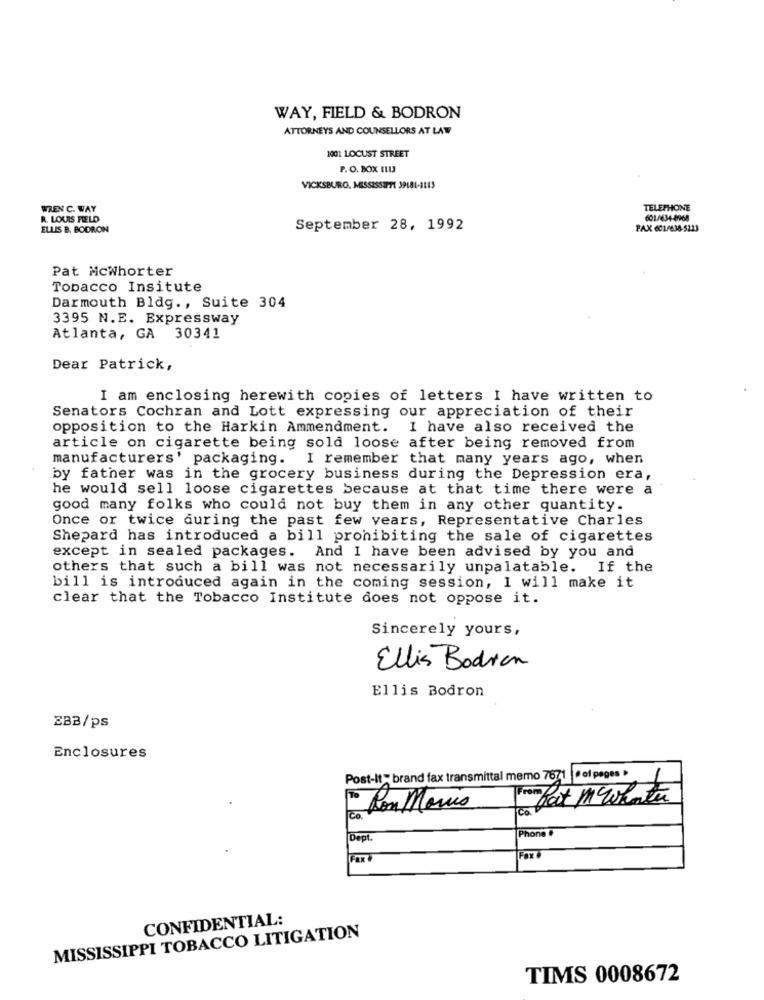
WAY, FIELD & BODRON
ATTORNEYS AND COUNSELLORS AT LAW
1001 LOCUST STREET
P. O. BOX ILU
VICKSBURG, MISSISSIPPI 39181-3115
WREN C. WAY
TELEPHONE
R. LOUIS FIELD
601/634-8968
ELLIS B. BODRON
September 28, 1992
PAX 601/638-5223
Pat Mcwhorter
Tobacco Insitute
Darmouth Bldg ., Suite 304
3395 N.E. Expressway
Atlanta, GA 30341
Dear Patrick,
I am enclosing herewith copies of letters I have written to
Senators Cochran and Lott expressing our appreciation of their
opposition to the Harkin Ammendment.
I have also received the
article on cigarette being sold loose after being removed from
manufacturers' packaging. I remember that many years ago, when
by father was in the grocery business during the Depression era,
he would sell loose cigarettes because at that time there were a
good many folks who could not buy them in any other quantity.
Once or twice during the past few years, Representative Charles
Shepard has introduced a bill prohibiting the sale of cigarettes
except in sealed packages. And I have been advised by you and
others that such a bill was not necessarily unpalatable. If the
bill is introduced again in the coming session, I will make it
clear that the Tobacco Institute does not oppose it.
Sincerely yours,
Ellis Bodren
Ellis Bodron
ZBB/ps
Enclosures
Post-It - brand fax transmittal memo 7671 | # of pages »
For Port M Whater
1º Ron Manis
co.
Co.
Phone
Dept.
FOR
CONFIDENTIAL:
MISSISSIPPI TOBACCO LITIGATION
TIMS 0008672